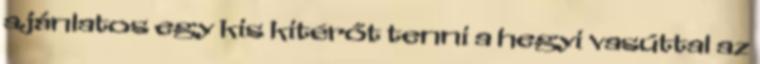
ajánlatos egy kis kitérőt tenni a hegyi vasúttal az